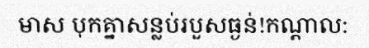
មាស បុកគ្នាសន្លប់របួសធ្ងន់!កណ្តាល: